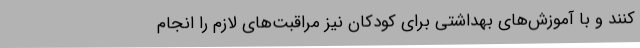
کنند و با آموزش‌های بهداشتی برای کودکان نیز مراقبت‌های لازم را انجام